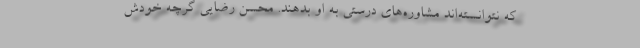
که نتوانسته‌اند مشاوره‌های درستی به او بدهند. محسن رضایی گرچه خودش